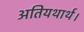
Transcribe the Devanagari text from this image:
अतियथार्थ।